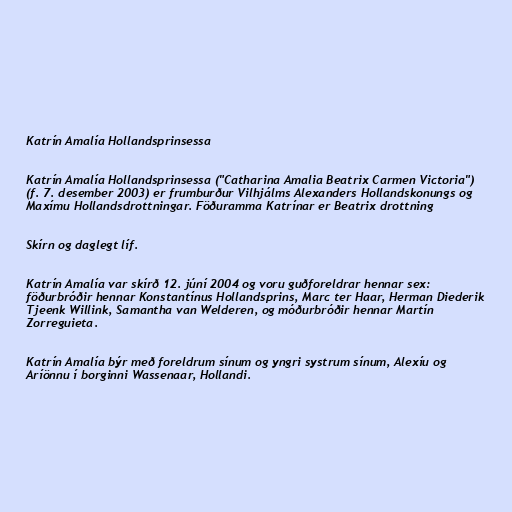
Katrín Amalía Hollandsprinsessa

Katrín Amalía Hollandsprinsessa ("Catharina Amalia Beatrix Carmen Victoria")
(f. 7. desember 2003) er frumburður Vilhjálms Alexanders Hollandskonungs og
Maxímu Hollandsdrottningar. Föðuramma Katrínar er Beatrix drottning

Skírn og daglegt líf.

Katrín Amalía var skírð 12. júní 2004 og voru guðforeldrar hennar sex:
föðurbróðir hennar Konstantínus Hollandsprins, Marc ter Haar, Herman Diederik
Tjeenk Willink, Samantha van Welderen, og móðurbróðir hennar Martín
Zorreguieta.

Katrín Amalía býr með foreldrum sínum og yngri systrum sínum, Alexíu og
Aríönnu í borginni Wassenaar, Hollandi.